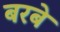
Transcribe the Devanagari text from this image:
बरबे